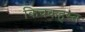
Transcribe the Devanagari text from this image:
किचकहस्त